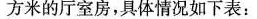
方米的厅室房，具体情况如下表：